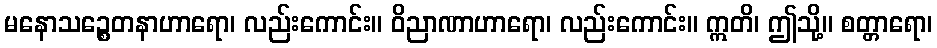
မနောသဉ္စေတနာဟာရော၊ လည်းကောင်း။ ဝိညာဏာဟာရော၊ လည်းကောင်း။ ဣတိ၊ ဤသို့။ စတ္တာရော၊